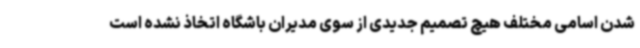
شدن اسامی مختلف هیچ تصمیم جدیدی از سوی مدیران باشگاه اتخاذ نشده است